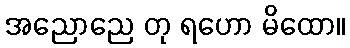
အညောညေ တု ရဟော မိထော။